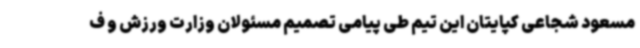
مسعود شجاعی کپایتان این تیم طی پیامی تصمیم مسئولان وزارت ورزش و ف